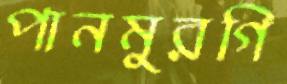
পানমুরগি